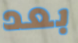
بعد